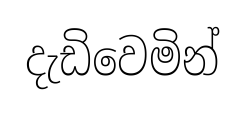
දැඩිවෙමින්